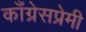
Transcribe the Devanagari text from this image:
काँग्रेसप्रेमी